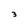
Character: 3